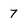
Character: 7